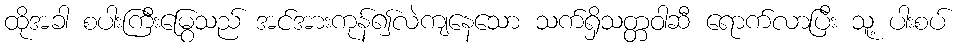
ထိုအခါ စပါးကြီးမြွေသည် အင်အားကုန်၍လဲကျနေသော သက်ရှိသတ္တဝါဆီ ရောက်လာပြီး သူ့ ပါးစပ်